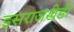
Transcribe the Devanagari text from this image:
इसराजखेडी